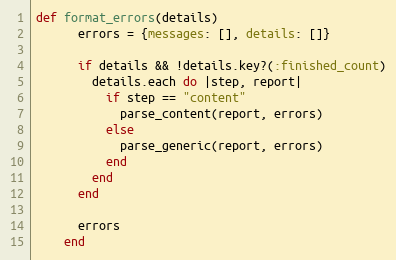
Language: Ruby
def format_errors(details)
      errors = {messages: [], details: []}

      if details && !details.key?(:finished_count)
        details.each do |step, report|
          if step == "content"
            parse_content(report, errors)
          else
            parse_generic(report, errors)
          end
        end
      end

      errors
    end